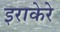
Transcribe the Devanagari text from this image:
इराकेरे